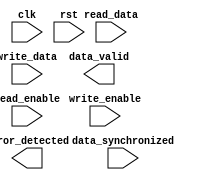
module AXI_controller (
    input wire clk,
    input wire rst,
    input wire read_data,
    input wire write_data,
    input wire read_enable,
    input wire write_enable,
    input wire data_synchronized,
    output wire data_valid,
    output wire error_detected
);

// Timing control and synchronization logic goes here

endmodule